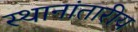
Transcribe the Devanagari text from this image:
स्थानांतारीय